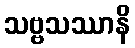
သဗ္ဗသဿာနိ